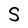
Character: S